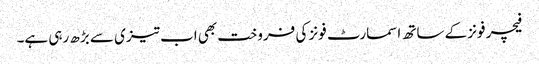
فیچر فونز کے ساتھ اسمارٹ فونز کی فروخت بھی اب تیزی سے بڑھ رہی ہے۔